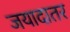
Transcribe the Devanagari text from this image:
जयादातर